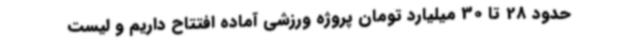
حدود 28 تا 30 میلیارد تومان پروژه ورزشی آماده افتتاح داریم و لیست